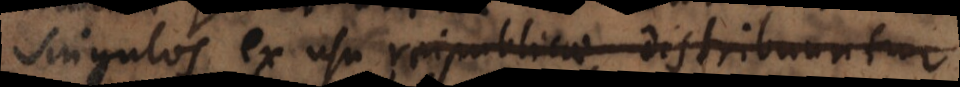
singulos ex usu reipublicae pu